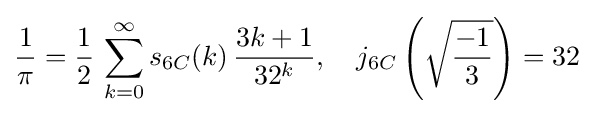
{\frac {1}{\pi }}={\frac {1}{2}}\,\sum _{k=0}^{\infty }s_{6C}(k)\,{\frac {3k+1}{32^{k}}},\quad j_{6C}\left({\sqrt {\frac {-1}{3}}}\right)=32